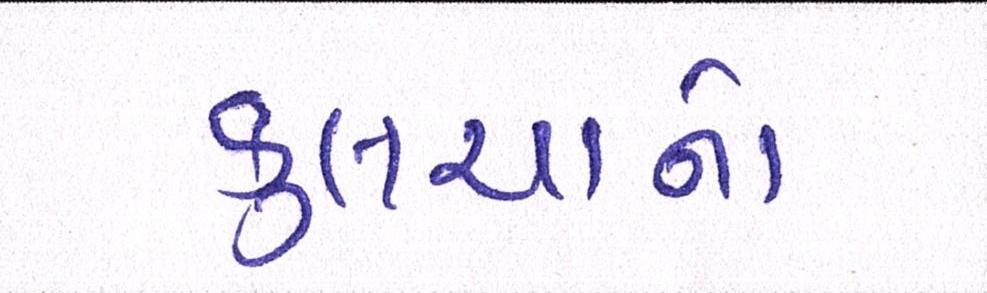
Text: કુલચાનો